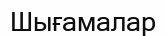
Шығамалар